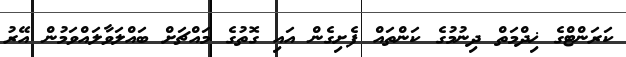
ކަރަންޓްގެ ޚިދްމަތް ދިނުމުގެ ކަންތައް ފެށިގެން އައި ގޮތުގެ މައްޗަށް ބައްލަވާލައްވަމުން އޭރު